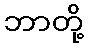
ဘာတို့